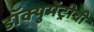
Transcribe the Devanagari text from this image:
डॉक्युमेंट्रीची